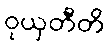
ဝုယှတီတိ